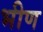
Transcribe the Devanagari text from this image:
भीण